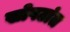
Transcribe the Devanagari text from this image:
खोपटांत